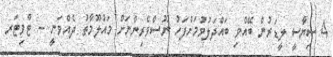
4 ސިޔާސީ ލީޑަރުން ބޭއްވި ބައްދަލުވުމަށްފަހު ނޫސްވެރިންނަށް މައުލޫމާތު ދެއްވަނީ -- ޓްވިޓަރ